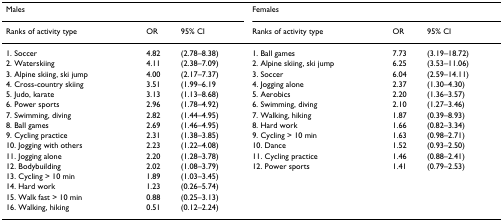
<table><thead><tr><td><b>Males</b></td><td></td><td></td><td><b>Females</b></td><td></td><td></td></tr><tr><td><b>Ranks of activity type</b></td><td><b>OR</b></td><td><b>95% CI</b></td><td><b>Ranks of activity type</b></td><td><b>OR</b></td><td><b>95% CI</b></td></tr></thead><tbody><tr><td>1. Soccer</td><td>4.82</td><td>(2.78–8.38)</td><td>1. Ball games</td><td>7.73</td><td>(3.19–18.72)</td></tr><tr><td>2. Waterskiing</td><td>4.11</td><td>(2.38–7.09)</td><td>2. Alpine skiing, ski jump</td><td>6.25</td><td>(3.53–11.06)</td></tr><tr><td>3. Alpine skiing, ski jump</td><td>4.00</td><td>(2.17–7.37)</td><td>3. Soccer</td><td>6.04</td><td>(2.59–14.11)</td></tr><tr><td>4. Cross-country skiing</td><td>3.51</td><td>(1.99–6.19</td><td>4. Jogging alone</td><td>2.37</td><td>(1.30–4.30)</td></tr><tr><td>5. Judo, karate</td><td>3.13</td><td>(1.13–8.68)</td><td>5. Aerobics</td><td>2.20</td><td>(1.36–3.57)</td></tr><tr><td>6. Power sports</td><td>2.96</td><td>(1.78–4.92)</td><td>6. Swimming, diving</td><td>2.10</td><td>(1.27–3.46)</td></tr><tr><td>7. Swimming, diving</td><td>2.82</td><td>(1.44–4.95)</td><td>7. Walking, hiking</td><td>1.87</td><td>(0.39–8.93)</td></tr><tr><td>8. Ball games</td><td>2.69</td><td>(1.46–4.95)</td><td>8. Hard work</td><td>1.66</td><td>(0.82–3.34)</td></tr><tr><td>9. Cycling practice</td><td>2.31</td><td>(1.38–3.85)</td><td>9. Cycling &gt; 10 min</td><td>1.63</td><td>(0.98–2.71)</td></tr><tr><td>10. Jogging with others</td><td>2.23</td><td>(1.22–4.08)</td><td>10. Dance</td><td>1.52</td><td>(0.93–2.50)</td></tr><tr><td>11. Jogging alone</td><td>2.20</td><td>(1.28–3.78)</td><td>11. Cycling practice</td><td>1.46</td><td>(0.88–2.41)</td></tr><tr><td>12. Bodybuilding</td><td>2.02</td><td>(1.08–3.79)</td><td>12. Power sports</td><td>1.41</td><td>(0.79–2.53)</td></tr><tr><td>13. Cycling &gt; 10 min</td><td>1.89</td><td>(1.03–3.45)</td><td></td><td></td><td></td></tr><tr><td>14. Hard work</td><td>1.23</td><td>(0.26–5.74)</td><td></td><td></td><td></td></tr><tr><td>15. Walk fast &gt; 10 min</td><td>0.88</td><td>(0.25–3.13)</td><td></td><td></td><td></td></tr><tr><td>16. Walking, hiking</td><td>0.51</td><td>(0.12–2.24)</td><td></td><td></td><td></td></tr></tbody></table>